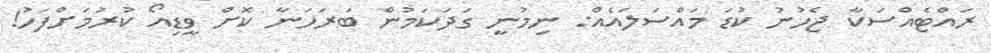
ރައްޓެއްސަކާ ޖެހުނު ކުޑަ މައްސަލައެއް: ނިމުނީ ގަދަކަމުން ބަރަހަނާ ކޮށް ވީޑިއޯ ކުރުމަށްފަހު!